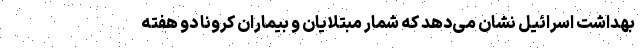
بهداشت اسرائیل نشان می‌دهد که شمار مبتلایان و بیماران کرونا دو هفته